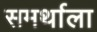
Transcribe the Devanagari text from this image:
समर्थाला